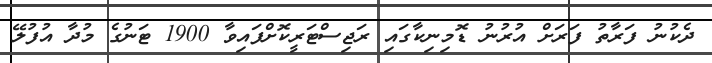
ދެކުނު ފަރާތު ފަރަށް އުރުނު ޑޮމިނިކާގައި ރަޖިސްޓަރީކޮށްފައިވާ 1900 ޓަނުގެ މުދާ އުފުލޭ